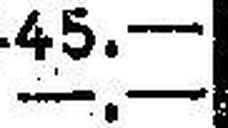
—.—